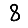
Digit: 8